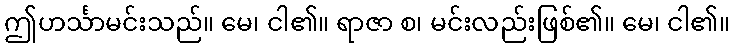
ဤဟင်္သာမင်းသည်။ မေ၊ ငါ၏။ ရာဇာ စ၊ မင်းလည်းဖြစ်၏။ မေ၊ ငါ၏။